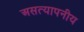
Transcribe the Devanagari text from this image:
असत्यापनीय